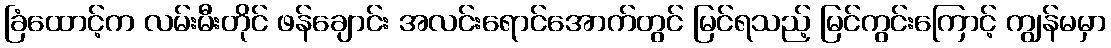
ခြံထောင့်က လမ်းမီးတိုင် ဖန်ချောင်း အလင်းရောင်အောက်တွင် မြင်ရသည့် မြင်ကွင်းကြောင့် ကျွန်မမှာ